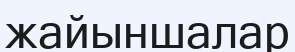
жайыншалар